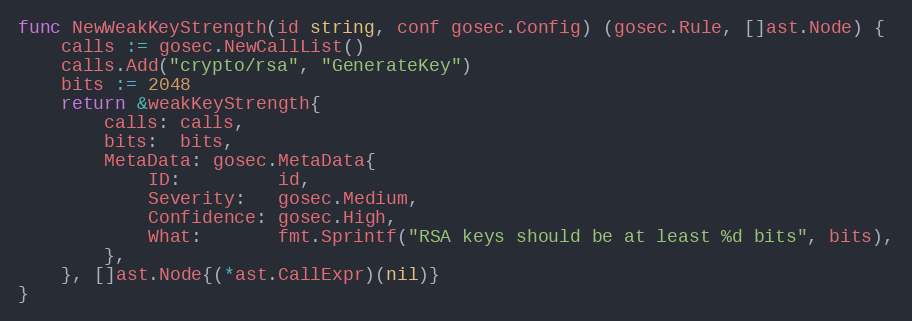
Language: Go
func NewWeakKeyStrength(id string, conf gosec.Config) (gosec.Rule, []ast.Node) {
	calls := gosec.NewCallList()
	calls.Add("crypto/rsa", "GenerateKey")
	bits := 2048
	return &weakKeyStrength{
		calls: calls,
		bits:  bits,
		MetaData: gosec.MetaData{
			ID:         id,
			Severity:   gosec.Medium,
			Confidence: gosec.High,
			What:       fmt.Sprintf("RSA keys should be at least %d bits", bits),
		},
	}, []ast.Node{(*ast.CallExpr)(nil)}
}